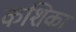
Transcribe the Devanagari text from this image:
कशिका